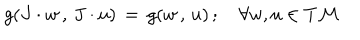
LaTeX: g ( J \cdot w \, , \, J \cdot u ) \, = \, g ( w \, , \, u ) \, ; \quad \forall w , u \in T { \cal M }